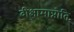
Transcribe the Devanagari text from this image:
दीक्षामाप्नोति